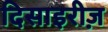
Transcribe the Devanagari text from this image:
दिसाइरीज़